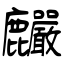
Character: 麣